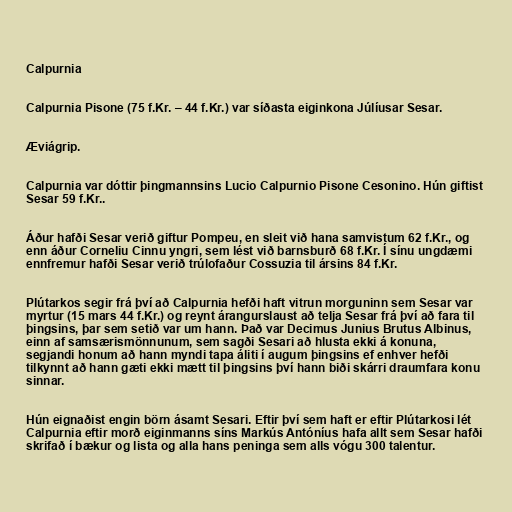
Calpurnia

Calpurnia Pisone (75 f.Kr. – 44 f.Kr.) var síðasta eiginkona Júlíusar Sesar.

Æviágrip.

Calpurnia var dóttir þingmannsins Lucio Calpurnio Pisone Cesonino. Hún giftist
Sesar 59 f.Kr..

Áður hafði Sesar verið giftur Pompeu, en sleit við hana samvistum 62 f.Kr., og
enn áður Corneliu Cinnu yngri, sem lést við barnsburð 68 f.Kr. Í sínu ungdæmi
ennfremur hafði Sesar verið trúlofaður Cossuzia til ársins 84 f.Kr.

Plútarkos segir frá því að Calpurnia hefði haft vitrun morguninn sem Sesar var
myrtur (15 mars 44 f.Kr.) og reynt árangurslaust að telja Sesar frá því að fara til
þingsins, þar sem setið var um hann. Það var Decimus Junius Brutus Albinus,
einn af samsærismönnunum, sem sagði Sesari að hlusta ekki á konuna,
segjandi honum að hann myndi tapa áliti í augum þingsins ef enhver hefði
tilkynnt að hann gæti ekki mætt til þingsins því hann biði skárri draumfara konu
sinnar.

Hún eignaðist engin börn ásamt Sesari. Eftir því sem haft er eftir Plútarkosi lét
Calpurnia eftir morð eiginmanns síns Markús Antóníus hafa allt sem Sesar hafði
skrifað í bækur og lista og alla hans peninga sem alls vógu 300 talentur.